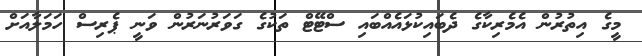
މީގެ އިތުރުން އެމެރިކާގެ ދެބައިކުޅައެއްބައި ސްޓޭޓް ތަކުގެ ގަވަރުނަރުން ވަނީ ޕެރިސް ހަމަލާއަށް